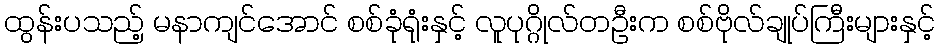
ထွန်းပသည့် မနာကျင်အောင် စစ်ခုံရုံးနှင့် လူပုဂ္ဂိုလ်တဦးက စစ်ဗိုလ်ချုပ်ကြီးများနှင့်